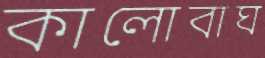
কালোবাঘ